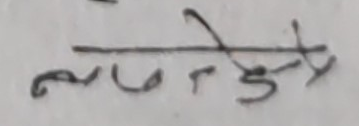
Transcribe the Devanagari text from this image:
नुनदेउदेउ